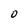
Character: O